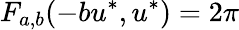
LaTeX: F_{a,b}(-bu^{*},u^{*})=2\pi